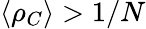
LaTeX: \langle\rho_{C}\rangle>1/N